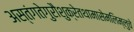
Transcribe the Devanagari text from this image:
अस्तंगतेगुरौशुक्रेतथामासेमलिम्लुचे